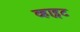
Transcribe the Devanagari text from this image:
व्हाइ़ट